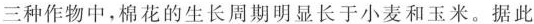
三种作物中，棉花的生长周期明显长于小麦和玉米。据此